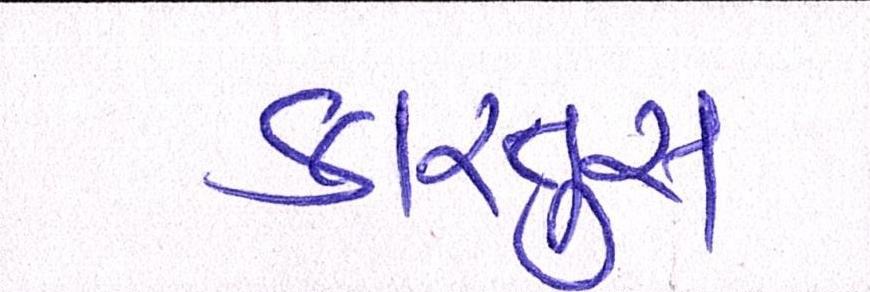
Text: કારતુસ